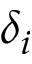
\delta _ { i }